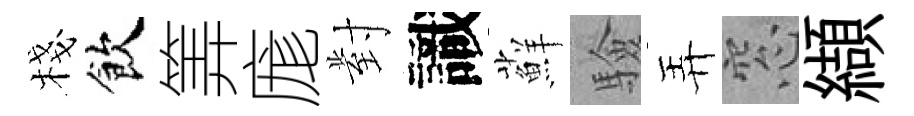
棧飲筭庬對識蘚驗弄窓纈